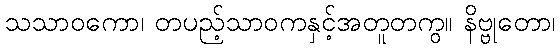
သသာဝကော၊ တပည့်သာဝကနှင့်အတူတကွ။ နိဗ္ဗုတော၊